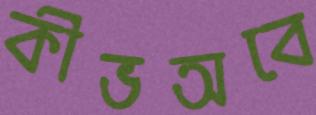
কীভঅবে